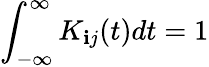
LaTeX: \int_{-\infty}^{\infty}K_{\mathbf{i}j}(t)dt=1